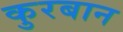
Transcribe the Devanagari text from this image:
कुरबान